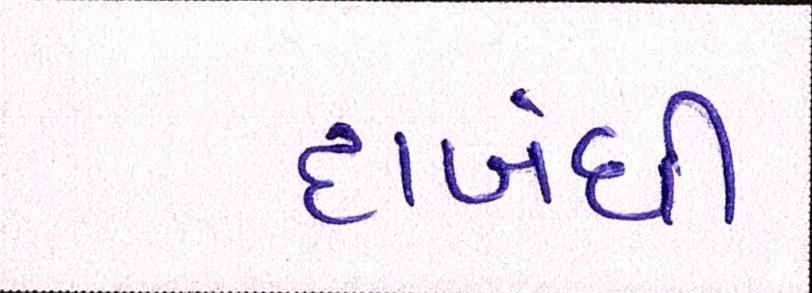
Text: દાબંધી